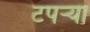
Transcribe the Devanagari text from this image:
टपर्‍या